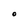
Character: O